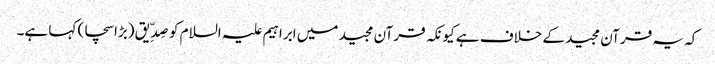
کہ یہ قرآن مجید کے خلاف ہے کیونکہ قرآن مجید میں ابراہیم علیہ السلام کو صِدِّیق (بڑا سچا) کہا ہے۔